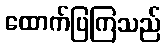
ထောက်ပြကြသည်